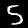
Digit: 5